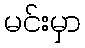
မင်းမှာ